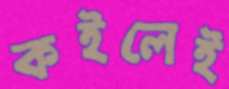
কইলেই